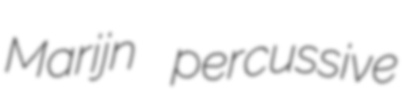
Marijn percussive